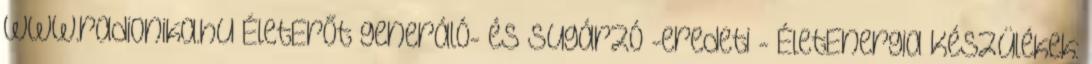
www.radionika.hu ÉletErőt generáló- és sugárzó -eredeti - ÉletEnergia Készülékek: